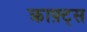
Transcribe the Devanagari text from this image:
क्राफ़्ट्स